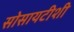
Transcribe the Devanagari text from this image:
सोसायटीशी